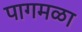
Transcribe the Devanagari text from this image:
पागमळा